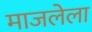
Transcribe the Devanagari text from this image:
माजलेला